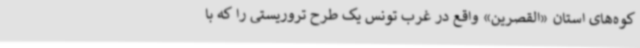
کوه‌های استان «القصرین» واقع در غرب تونس یک طرح تروریستی را که با